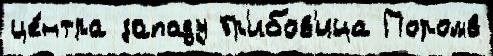
це́нтра западу Гр'ибов'ица Поромв